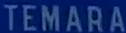
TEMARA